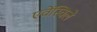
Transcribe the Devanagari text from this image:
एवेंस्विले